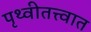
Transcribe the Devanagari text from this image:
पृथ्वीतत्त्वात